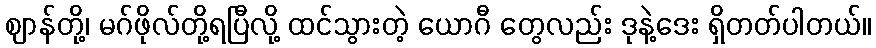
ဈာန်တို့၊ မဂ်ဖိုလ်တို့ရပြီလို့ ထင်သွားတဲ့ ယောဂီ တွေလည်း ဒုနဲ့ဒေး ရှိတတ်ပါတယ်။